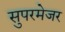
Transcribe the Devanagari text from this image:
सुपरमेजर